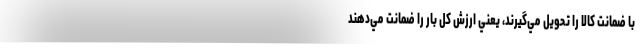
با ضمانت كالا را تحويل مي‌گيرند، يعني ارزش كل بار را ضمانت مي‌دهند